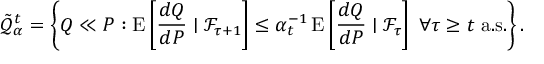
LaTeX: { \tilde { \mathcal { Q } } } _ { \alpha } ^ { t } = \left\{ Q \ll P : \operatorname { E } \left[ { \frac { d Q } { d P } } \mid { \mathcal { F } } _ { \tau + 1 } \right] \leq \alpha _ { t } ^ { - 1 } \operatorname { E } \left[ { \frac { d Q } { d P } } \mid { \mathcal { F } } _ { \tau } \right] \; \forall \tau \geq t { \mathrm { ~ a . s . } } \right\} .